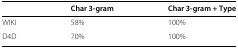
<table><thead><tr><td></td><td><b>Char 3-gram</b></td><td><b>Char 3-gram + Type</b></td></tr></thead><tbody><tr><td>WIKI</td><td>58%</td><td>100%</td></tr><tr><td>D4D</td><td>70%</td><td>100%</td></tr></tbody></table>